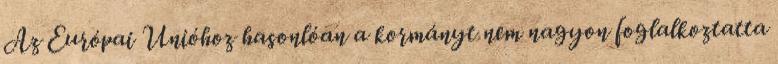
Az Európai Unióhoz hasonlóan a kormányt nem nagyon foglalkoztatta